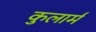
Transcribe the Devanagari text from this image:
कुलार्म